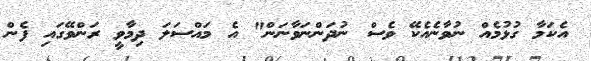
އެކަމާ ގުޅުމެއް ނުވާނެއެކޭ ވެސް ނުދަންނަވާނަން" އެ މައްސަލަ ދިމާވީ ރަންވޭގައި ފެން